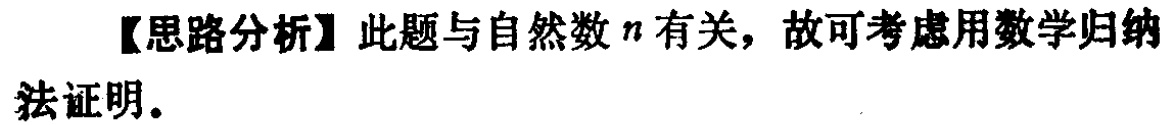
【思路分析】此题与自然数 \(n\) 有关，故可考虑用数学归纳法证明。